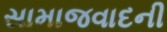
સામાજવાદની